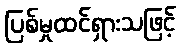
ပြစ်မှုထင်ရှားသဖြင့်